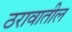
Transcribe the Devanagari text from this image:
ठरावातील